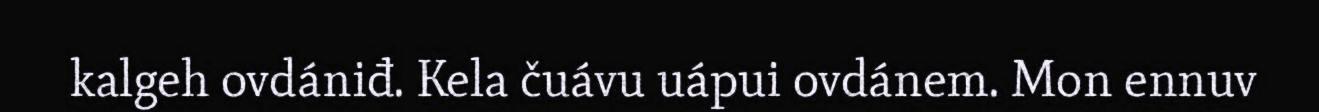
kalgeh ovdániđ. Kela čuávu uápui ovdánem. Mon ennuv